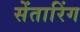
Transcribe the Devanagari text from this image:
सेंतारिंग